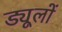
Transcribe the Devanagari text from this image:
ड्यूलों